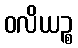
ဝလိယဉ္စ